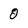
Character: 0